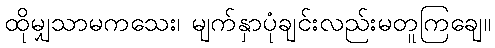
ထိုမျှသာမကသေး၊ မျက်နှာပုံချင်းလည်းမတူကြချေ။